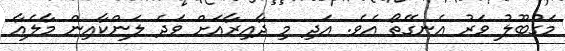
މަގުބޫލު ވަރު އެނގޭތޯ އެވެ. އަދި މި ދާއިރާއަށް ވަދެ ލަންކާއިން މާލެއާ